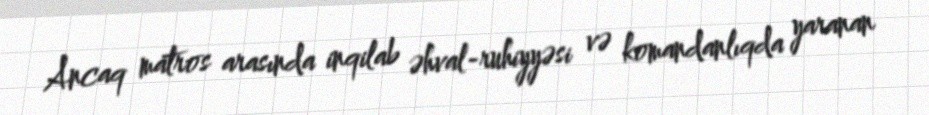
Ancaq matros arasında inqilab əhval-ruhiyyəsi və komandanlıqda yaranan